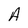
Character: A